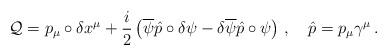
LaTeX: \begin{align*}\mathcal{Q}=p_{\mu}\circ\delta x^{\mu}+\frac{i}{2}\left( \overline{\psi}\hat{p}\circ\delta\psi-\delta\overline{\psi}\hat{p}\circ\psi \right)\,,\quad\hat{p}=p_{\mu}\gamma^{\mu}\,.\end{align*}